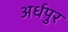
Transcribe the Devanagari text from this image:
अर्धपुर